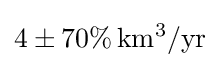
4\pm 70\%\,\mathrm {km^{3}/yr}